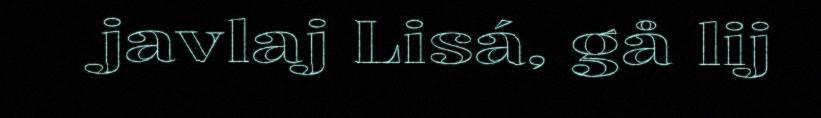
javlaj Lisá, gå lij